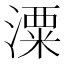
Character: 潥